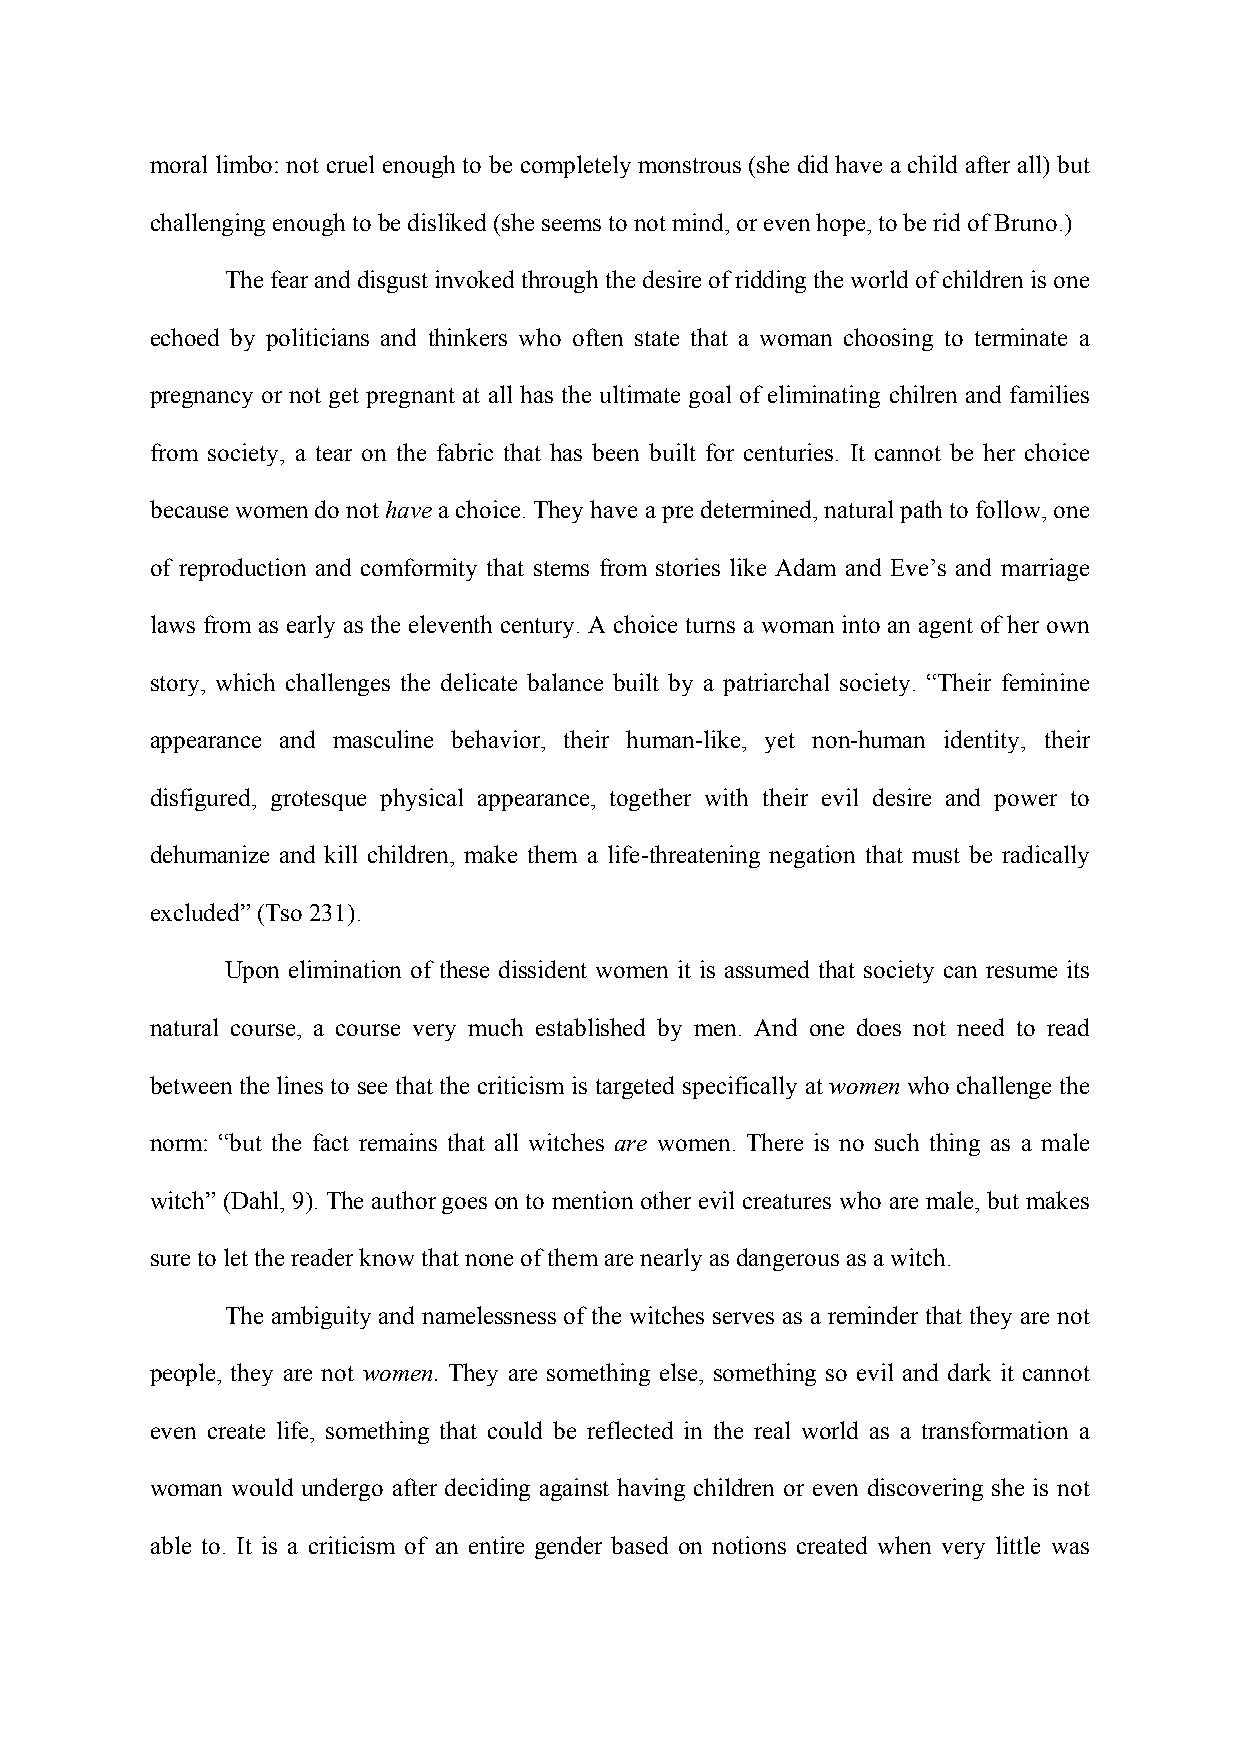
moral limbo: not cruel enough to be completely monstrous (she did have a child after all) but
 challenging enough to be disliked (she seems to not mind, or even hope, to be rid of Bruno.)
 The fear and disgust invoked through the desire of ridding the world of children is one
 echoed by politicians and thinkers who often state that a woman choosing to terminate a
 pregnancy or not get pregnant at all has the ultimate goal of eliminating chilren and families
 from society, a tear on the fabric that has been built for centuries. It cannot be her choice
 because women do not have a choice. They have a pre determined, natural path to follow, one
 of reproduction and comformity that stems from stories like Adam and Eve’s and marriage
 laws from as early as the eleventh century. A choice turns a woman into an agent of her own
 story, which challenges the delicate balance built by a patriarchal society. “Their feminine
 appearance and masculine behavior, their human-like, yet non-human identity, their
 disfigured, grotesque physical appearance, together with their evil desire and power to
 dehumanize and kill children, make them a life-threatening negation that must be radically
 excluded” (Tso 231).
 Upon elimination of these dissident women it is assumed that society can resume its
 natural course, a course very much established by men. And one does not need to read
 between the lines to see that the criticism is targeted specifically at women who challenge the
 norm: “but the fact remains that all witches are women. There is no such thing as a male
 witch” (Dahl, 9). The author goes on to mention other evil creatures who are male, but makes
 sure to let the reader know that none of them are nearly as dangerous as a witch.
 The ambiguity and namelessness of the witches serves as a reminder that they are not
 people, they are not women. They are something else, something so evil and dark it cannot
 even create life, something that could be reflected in the real world as a transformation a
 woman would undergo after deciding against having children or even discovering she is not
 able to. It is a criticism of an entire gender based on notions created when very little was